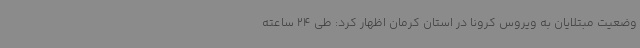
وضعیت مبتلایان به ویروس کرونا در استان کرمان اظهار کرد: طی 24 ساعته